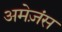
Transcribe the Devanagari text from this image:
अमेज़ंस